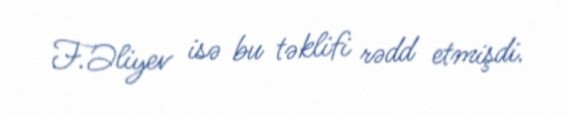
F.Əliyev isə bu təklifi rədd etmişdi.